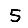
Digit: 5